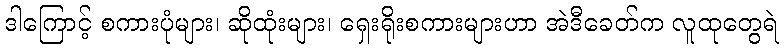
ဒါကြောင့် စကားပုံများ၊ ဆိုထုံးများ၊ ရှေးရိုးစကားများဟာ အဲဒီခေတ်က လူထုတွေရဲ